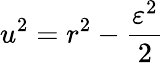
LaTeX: u^{2}=r^{2}-{\frac{\varepsilon^{2}}{2}}